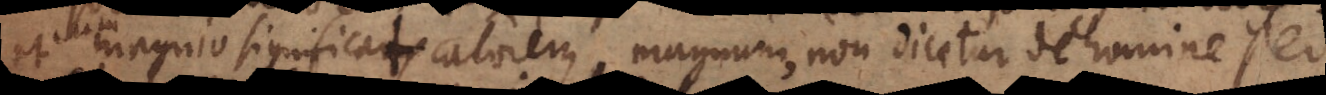
magnio significat calorem magnum, non dicetur de homine sed